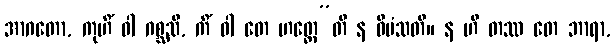
အာဂတော, ကုဟိံ ဝါ ဂစ္ဆသိ, ကိံ ဝါ တေ ဟတ္ထေ”တိ န ဝီမံသတိ။ န ဟိ တဿ တေ ဘာရာ,